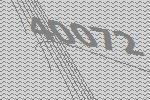
40072